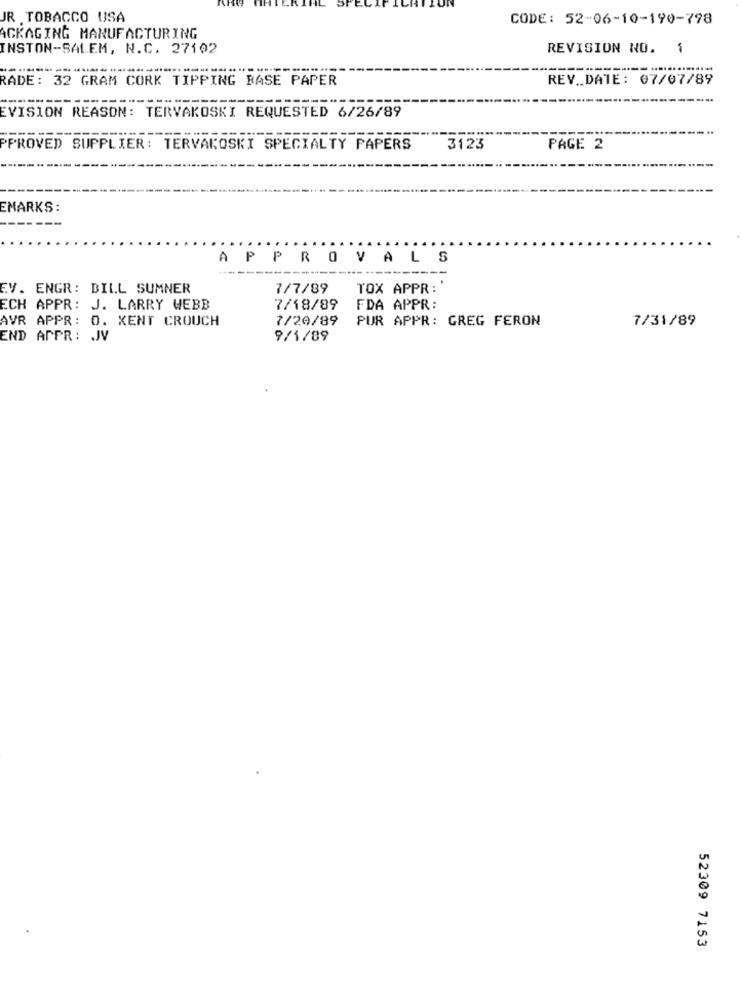
JR TOBACCO USA
CODE: 52-06-10-190-798
ACKAGING MANUFACTURING
INSTON-SALEM, N.C. 27192
REVISION NO. 1
RADE: 32 GRAM CORK TIPPING BASE PAPER
REV_DATE: 07/07/89
----
EVISION REASON: TERVAKOSKI REQUESTED 6/26/89
PPROVED SUPPLIER: TERVAKOSKI SPECIALTY PAPERS
3123
PAGE 2
EMARKS:
---
APPROVALS
EV. ENGR: BILL SUMNER
7/7/89
TOX APPR:'
ECH APPR: J. LARRY WEBB
7/18/89
FDA APPR:
AVR APPR: 0. XENT CROUCH
7/20/89
PUR APPR: GREG FERON
7/31/89
END APPR: JV
9/1/89
52309 7153